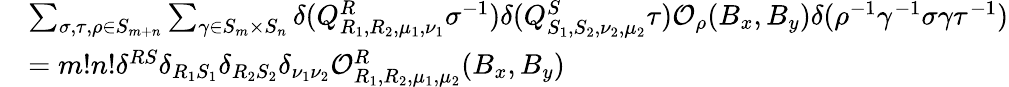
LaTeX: \begin{array}{rl}{}&{\sum_{\sigma,\tau,\rho\in S_{m+n}}\sum_{\gamma\in S_{m}\times S_{n}}\delta(Q_{R_{1},R_{2},\mu_{1},\nu_{1}}^{R}\sigma^{-1})\delta(Q_{S_{1},S_{2},\nu_{2},\mu_{2}}^{S}\tau)\mathcal{O}_{\rho}(B_{x},B_{y})\delta(\rho^{-1}\gamma^{-1}\sigma\gamma\tau^{-1})}\\ {}&{=m!n!\delta^{RS}\delta_{R_{1}S_{1}}\delta_{R_{2}S_{2}}\delta_{\nu_{1}\nu_{2}}\mathcal{O}_{R_{1},R_{2},\mu_{1},\mu_{2}}^{R}(B_{x},B_{y})}\end{array}